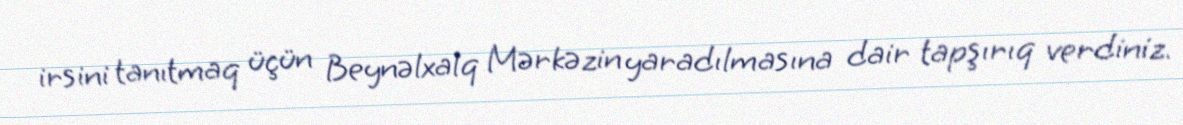
irsini tanıtmaq üçün Beynəlxalq Mərkəzin yaradılmasına dair tapşırıq verdiniz.